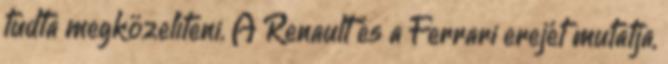
tudta megközelíteni. A Renault és a Ferrari erejét mutatja,